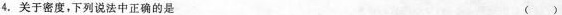
4.关于密度，下列说法中正确的是 ( )